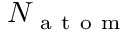
{ N _ { \mathrm { ~ a ~ t ~ o ~ m ~ } } }